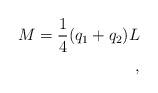
LaTeX: \begin{align*}M={1\over 4}(q_{1} + q_{2})L \\, \end{align*}